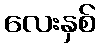
လေးနှစ်